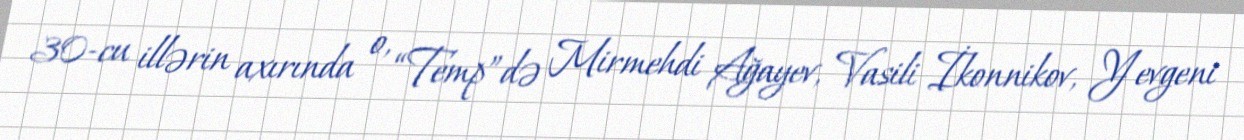
30-cu illərin axırında o, “Temp”də Mirmehdi Ağayev, Vasili İkonnikov, Yevgeni